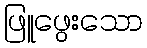
ဖြူဖွေးသော